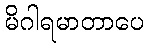
မိဂါရမာတာပေ